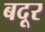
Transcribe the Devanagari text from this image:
बदूर